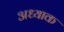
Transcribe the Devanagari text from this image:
अध्याक